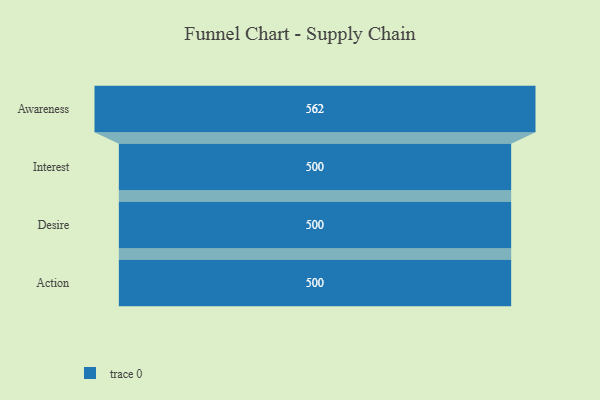
{"axis": {"x": "Stage", "y": "Value"}, "legend": [""], "data": [{"x": "Awareness", "y": 562.0, "type": ""}, {"x": "Interest", "y": 500, "type": ""}, {"x": "Desire", "y": 500, "type": ""}, {"x": "Action", "y": 500, "type": ""}]}